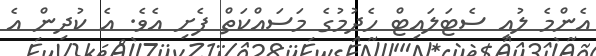
އެންމެ ލުއި ސެޓަލައިޓް ހެދުމުގެ މަސައްކަތް ފެށި އެވެ. އެ ކުދިން އެ